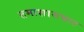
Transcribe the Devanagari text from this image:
तमाशासम्राट